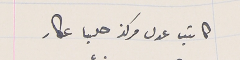
كاتب عدل مركز حلبا عكار